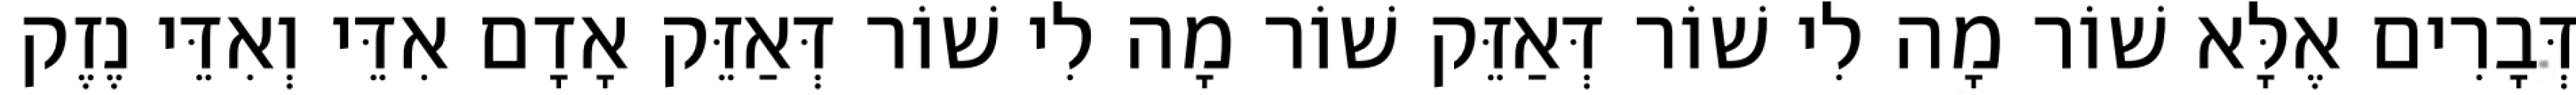
דְּבָרִים אֶלָּא שׁוֹר מָה לִי שׁוֹר דְּאַזֵּק שׁוֹר מָה לִי שׁוֹר דְּאַזֵּק אָדָם אִדֵּי וְאִדֵּי נֶזֶק